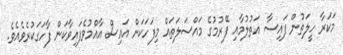
މަކަރާ ހީލަތުން ފައިސާ އަތުލުމާއި ފޭރުމުގެ މައްސަލަތައް މިފަހަކަށް އައިސް އާއްމުވެފައިވާކަން ފާހަގަކުރެވެއެވެ.